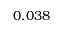
0 . 0 3 8